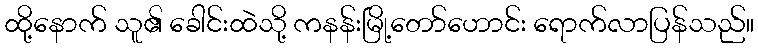
ထို့နောက် သူ၏ ခေါင်းထဲသို့ ကနန်းမြို့တော်ဟောင်း ရောက်လာပြန်သည်။